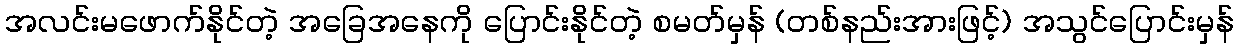
အလင်းမဖောက်နိုင်တဲ့ အခြေအနေကို ပြောင်းနိုင်တဲ့ စမတ်မှန် (တစ်နည်းအားဖြင့်) အသွင်ပြောင်းမှန်